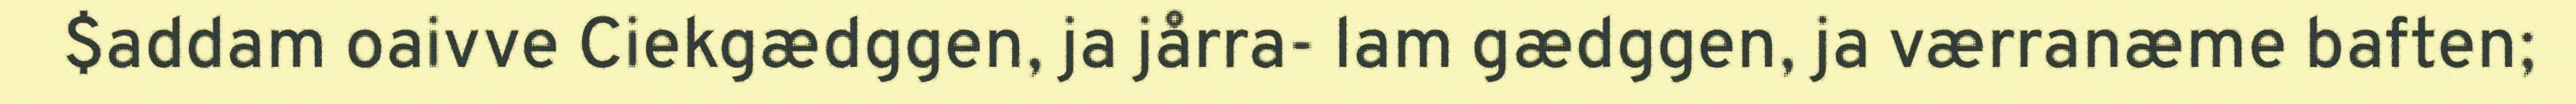
$addam oaivve Ciekgædggen, ja jårra- lam gædggen, ja værranæme baften;